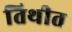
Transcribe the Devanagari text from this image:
तिथीत